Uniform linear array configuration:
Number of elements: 16
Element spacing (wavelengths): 1
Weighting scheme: binomial
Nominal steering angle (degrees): -45
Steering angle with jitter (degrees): -43.568
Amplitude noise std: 0.05
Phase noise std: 0.05

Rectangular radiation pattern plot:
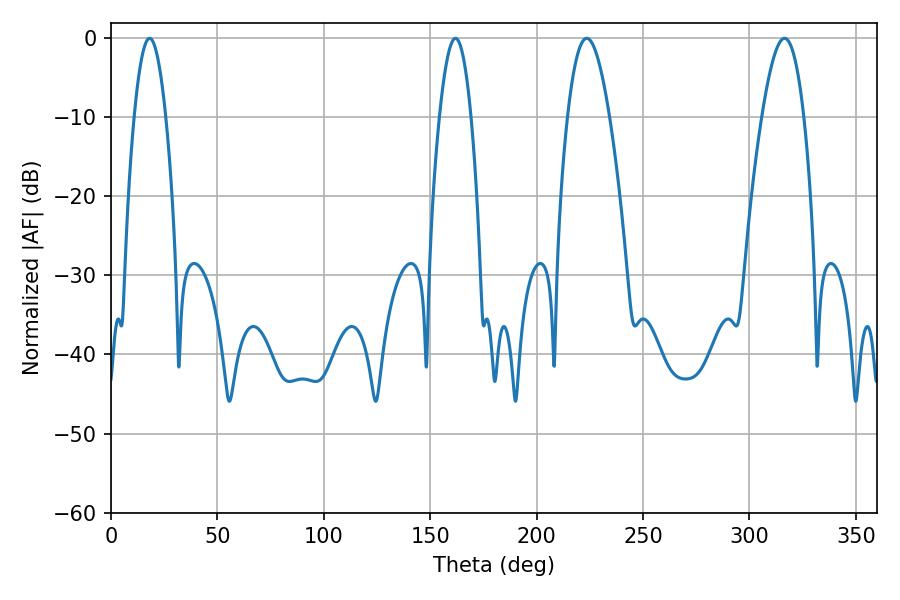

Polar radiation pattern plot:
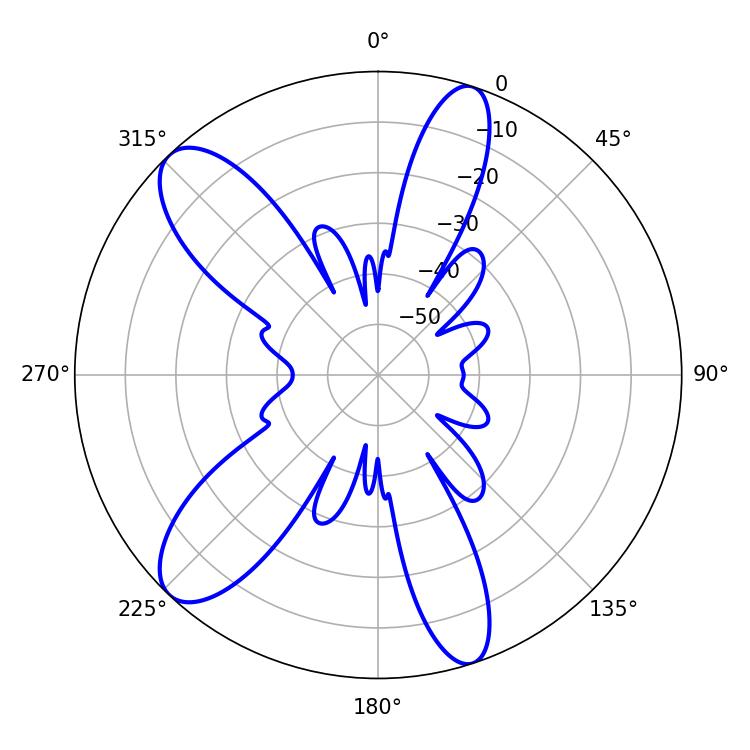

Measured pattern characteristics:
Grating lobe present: TRUE
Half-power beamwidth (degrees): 10.8
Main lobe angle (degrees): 223.56